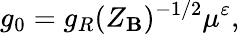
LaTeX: g_{0}=g_{R}(Z_{\mathbf{B}})^{-1/2}\mu^{\varepsilon},